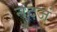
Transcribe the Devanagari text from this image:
नंदजं